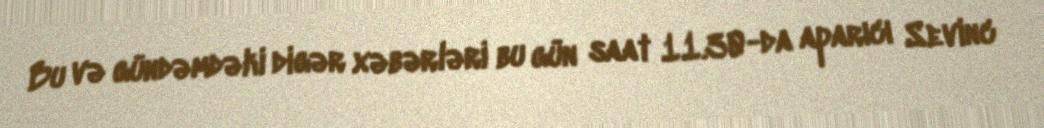
Bu və gündəmdəki digər xəbərləri bu gün saat 11.30-da aparıcı Sevinc